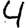
Digit: 4